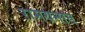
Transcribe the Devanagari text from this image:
रामयनात